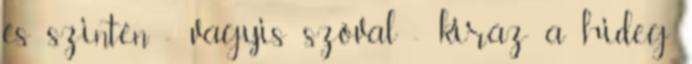
és szintén - vagyis szóval - kiráz a hideg